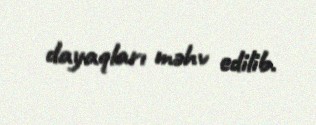
dayaqları məhv edilib.